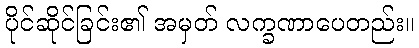
ပိုင်ဆိုင်ခြင်း၏ အမှတ် လက္ခဏာပေတည်း။